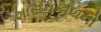
શાસનકાળનો